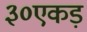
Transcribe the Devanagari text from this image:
३०एकड़